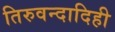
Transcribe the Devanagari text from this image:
तिरुवन्दादिही